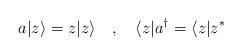
LaTeX: \begin{align*}a|z\rangle =z|z\rangle \quad,\quad \langle z |a^{\dagger} =\langle z | z^*\end{align*}